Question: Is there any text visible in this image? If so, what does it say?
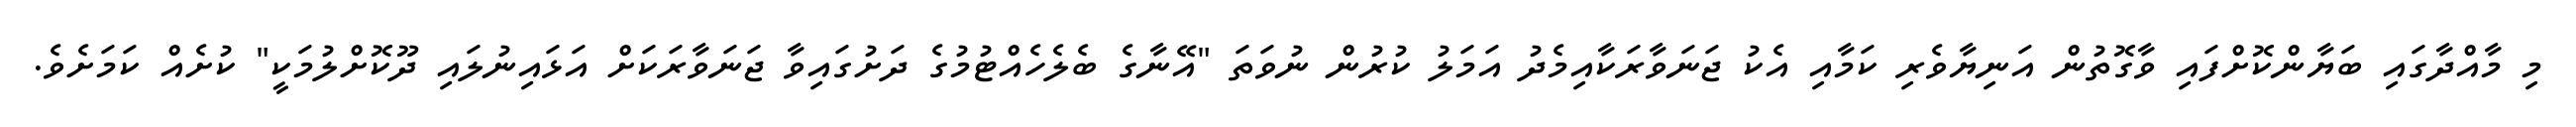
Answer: މި މާއްދާގައި ބަޔާންކޮށްފައި ވާގޮތުން އަނިޔާވެރި ކަމާއި އެކު ޖަނަވާރަކާއިމެދު އަމަލު ކުރުން ނުވަތަ "އޭނާގެ ބެލެހެއްޓުމުގެ ދަށުގައިވާ ޖަނަވާރަކަށް އަޅައިނުލައި ދޫކޮށްލުމަކީ" ކުށެއް ކަމަށެވެ.